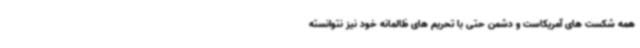
همه شکست های آمریکاست و دشمن حتی با تحریم های ظالمانه خود نیز نتوانسته